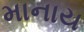
માનાય